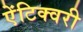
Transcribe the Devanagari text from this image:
ऐंटिक्वरी